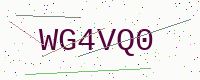
Text: WG4VQ0